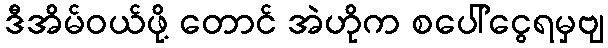
ဒီအိမ်ဝယ်ဖို့ တောင် အဲဟိုက စပေါ်ငွေရမှဗျ